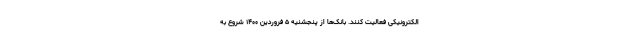
الکترونیکی فعالیت کنند. بانک‌ها از پنجشنیه ۵ فروردین ۱۴۰۰ شروع به